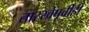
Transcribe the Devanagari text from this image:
तारखेपूर्वीही